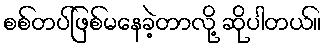
စစ်တပ်ဖြစ်မနေခဲ့တာလို့ ဆိုပါတယ်။